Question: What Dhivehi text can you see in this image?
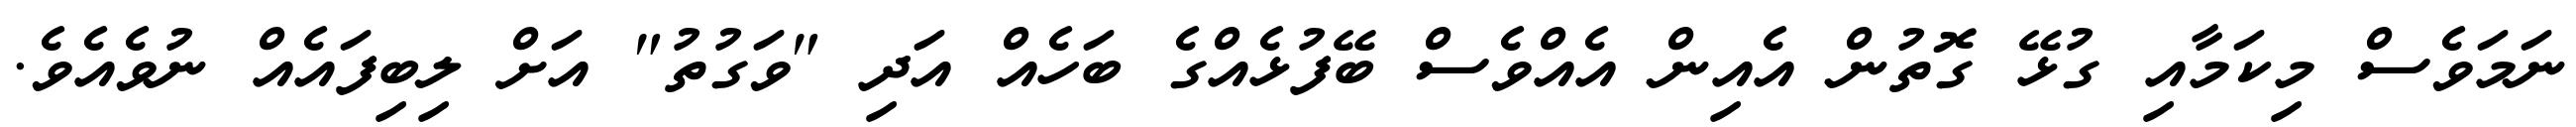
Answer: ނަމަވެސް މިކަމާއި ގުޅޭ ގޮތުން އެއިން އެއްވެސް ބޭފުޅެއްގެ ބަހެއް އަދި "ވަގުތު" އަށް ލިބިފައެއް ނުވެއެވެ.